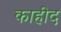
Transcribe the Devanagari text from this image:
काहीद